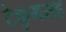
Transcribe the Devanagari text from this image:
टेकुमसह